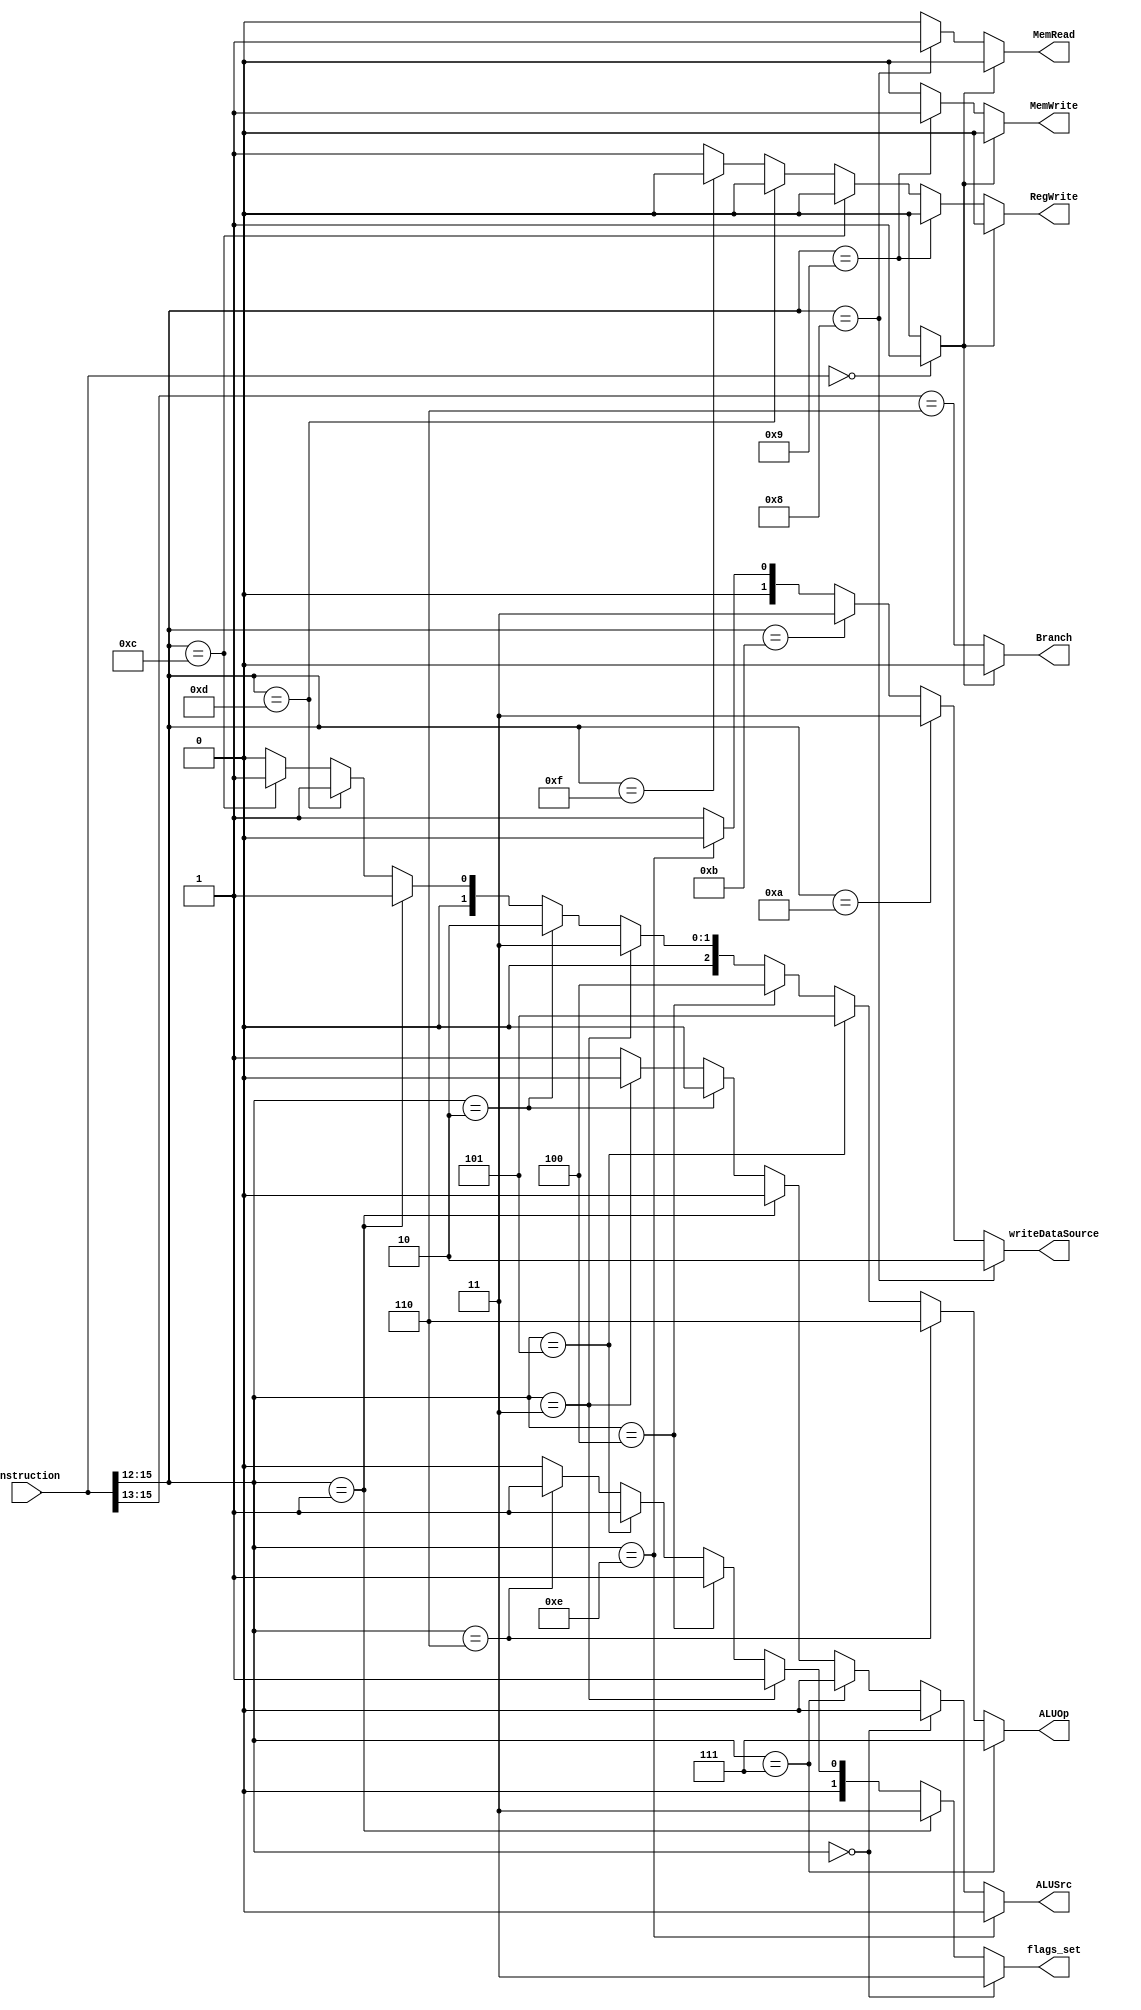
module control(instruction, MemRead, ALUOp, MemWrite, ALUSrc, RegWrite, flags_set, writeDataSource, Branch);
 // Reference book P264 (287 real page) Fig 4.17
input[15:0] instruction;


output  MemRead, MemWrite, ALUSrc, RegWrite, Branch;
output [1:0] flags_set, writeDataSource; // Whether to update Z, V, N
                        // WriteSource: 00 : new_pc
                                  //      01 : ALU
                                  //      10 : Mem
                                  //      11 : LHB / LLB
output [2:0]ALUOp;
wire [3:0] opcode;

assign opcode = instruction[15:12];


localparam ADD=4'b0000;
localparam SUB=4'b0001;
localparam RED=4'b0010;
localparam XOR=4'b0011;
localparam SLL=4'b0100;
localparam SRA=4'b0101;
localparam ROR=4'b0110;
localparam PADDSB=4'b0111;
localparam LW=4'b1000;
localparam SW=4'b1001;
localparam LHB=4'b1010;
localparam LLB=4'b1011;
localparam B=4'b1100;
localparam BR=4'b1101;
localparam PCS=4'b1110;
localparam HLT=4'b1111;

/////////////////////Control Signal to indicate whether valid Rs, Rt and Rd exists in an instruction////////////////////
// assign RsExists = (opcode == B)   ? 1'b0 :
//                   (opcode == PCS) ? 1'b0 :
//                   (opcode == HLT) ? 1'b0 :
//                    1'b1;

// assign RtExists = (opcode == ADD)    ? 1'b1 :
//                   (opcode == SUB)    ? 1'b1 :
//                   (opcode == RED)    ? 1'b1 :
//                   (opcode == XOR)    ? 1'b1 :
//                   (opcode == PADDSB) ? 1'b1 :
//                   (opcode == SW)     ? 1'b1 :
//                   1'b0;
                  
// assign RdExists =   (opcode == B)    ? 1'b0 :
//                     (opcode == BR)   ? 1'b0 :
//                     (opcode == HLT)  ? 1'b0 :
//                     1'b1;


wire emptyInstruction;

// RegDST is not needed because we always write to the bits [11:8]
assign Branch =     (emptyInstruction == 1'b1) ? 0 :  
                    (opcode[3:1] == 3'b110);

assign writeDataSource =
                (opcode == LW) ? 2'b10 :
                (opcode == LHB) ? 2'b11 :
                (opcode == LLB) ? 2'b11 :
                (opcode == PCS) ? 2'b00 : 2'b01;    // ALU



assign emptyInstruction = (instruction == 16'h0) ? 1'b1 : 1'b0; 

assign RegWrite =   (emptyInstruction == 1'b1) ? 0 :  
                    (opcode == SW) ? 0 : 
                    (opcode == B) ? 0 :
                    (opcode == BR) ? 0 :
                    (opcode == HLT) ? 0 : 1;



assign MemRead = (emptyInstruction == 1'b1) ? 0 :  
                 (opcode == LW) ? 1 : 
                 0 ;

assign ALUOp = (opcode == PADDSB) ? 3'b111 : 
                (opcode == ROR) ? 3'b110 :
                (opcode == SRA) ? 3'b101 :
                (opcode == SLL) ? 3'b100 :
                (opcode == XOR) ? 3'b011 :
                (opcode == RED) ? 3'b010 :
                (opcode == SUB) ? 3'b001 :
                (opcode == BR) ? 3'b001 :
                (opcode == B) ? 3'b001 :
                3'b000;

assign flags_set = (opcode == ADD) ? 2'b11 :
                (opcode == SUB) ? 2'b11 : 
                (opcode == XOR) ? 2'b01 :
                (opcode == SLL) ? 2'b01 :
                (opcode == SRA) ? 2'b01 :
                (opcode == ROR) ? 2'b01 :
                2'b00;



assign MemWrite = (emptyInstruction == 1'b1) ? 0 :   
                (opcode == SW) ? 1 : 0 ;

assign ALUSrc = (opcode == PCS) ? 0 :
                (opcode == ADD) ? 0 :
                (opcode == PADDSB) ? 0 :
                (opcode == SUB) ? 0 : 
                (opcode == RED) ? 0 : 
                (opcode == XOR) ? 0 :
                1;




endmodule